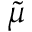
\widetilde { \mu }